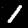
Label: 1